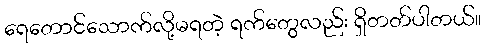
ရေတောင်သောက်လို့မရတဲ့ ရက်တွေလည်း ရှိတတ်ပါတယ်။